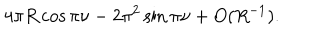
LaTeX: 4 \pi R \cos \pi \nu - 2 \pi ^ { 2 } \sin \pi \nu + O ( R ^ { - 1 } ) .